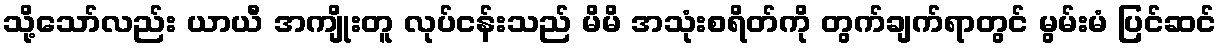
သို့သော်လည်း ယာယီ အကျိုးတူ လုပ်ငန်းသည် မိမိ အသုံးစရိတ်ကို တွက်ချက်ရာတွင် မွမ်းမံ ပြင်ဆင်